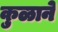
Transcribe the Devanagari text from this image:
कुळाने